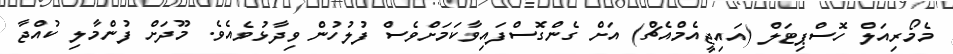
މެމޯރިއަލް ހޮސްޕިޓަލް (އައިޖީއެމްއެޗް) އަށް ގެންގޮސްފައިވާކަމަށްވެސް ފުލުހުން ވިދާޅުވެއެވެ. މޫދަށް ފުންމާލި ކުއްޖާ